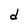
Character: d